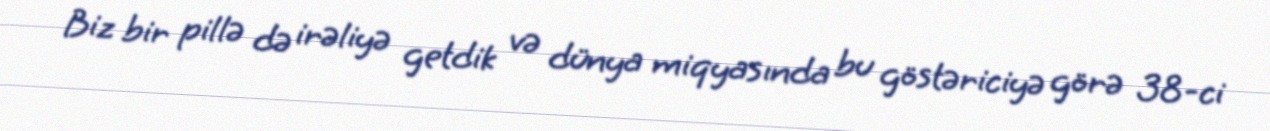
Biz bir pillə də irəliyə getdik və dünya miqyasında bu göstəriciyə görə 38-ci